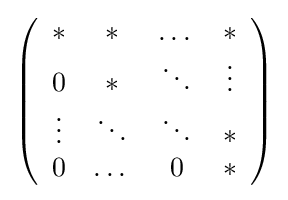
\left({\begin{array}{cccc}*&*&\dots &*\\0&*&\ddots &\vdots \\\vdots &\ddots &\ddots &*\\0&\dots &0&*\end{array}}\right)